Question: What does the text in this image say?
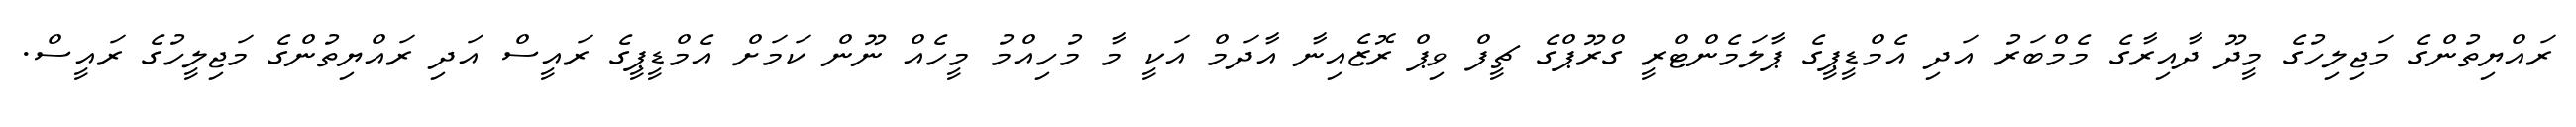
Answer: ރައްޔިތުންގެ މަޖިލިހުގެ މީދޫ ދާއިރާގެ މެމްބަރު އަދި އެމްޑީޕީގެ ޕާލަމެންޓްރީ ގްރޫޕްގެ ޗީފް ވިޕް ރޮޒެއިނާ އާދަމް އަކީ މާ މުހިއްމު މީހެއް ނޫން ކަމަށް އެމްޑީޕީގެ ރައީސް އަދި ރައްޔިތުންގެ މަޖިލީހުގެ ރައީސް.